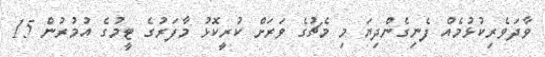
ވާދަވެރިކުޅުމެއް ފެނިގެންދިޔަ މި މެޗުގެ ވަރަށް ކުރީކޮޅު މާފަރުގެ ޓީމުގެ އުމުރުން 15